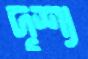
দৃশ্য